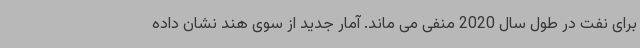
برای نفت در طول سال 2020 منفی می ماند. آمار جدید از سوی هند نشان داده